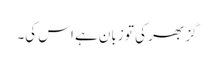
گز بھر کی تو زبان ہے اس کی۔